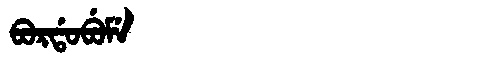
Manchu: ᠪᠣᡵᡩᠣᠪᡠᠮᡝ
Romanization: BORDOBUME